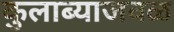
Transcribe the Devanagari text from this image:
कुलाब्याजवळ